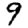
Digit: 9